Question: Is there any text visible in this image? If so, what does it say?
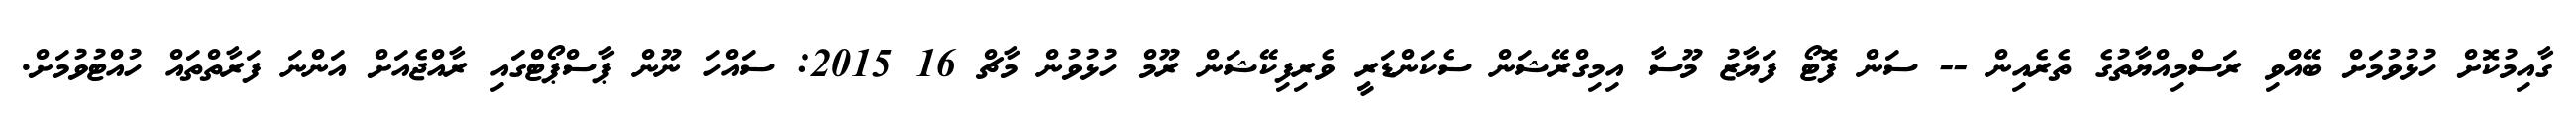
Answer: ގާއިމުކޮށް ހުޅުވުމަށް ބޭއްްވި ރަސްމިއްޔާތުގެ ތެރެއިން -- ސަން ފޮޓޯ ފަޔާޒު މޫސާ އިމިގްރޭޝަން ސެކަންޑަރީ ވެރިފިކޭޝަން ރޫމް ހުޅުވުން މާޗް 16 2015: ސައްހަ ނޫން ޕާސްޕޯޓްގައި ރާއްޖެއަށް އަންނަ ފަރާތްތައް ހުއްޓުވުމަށް.